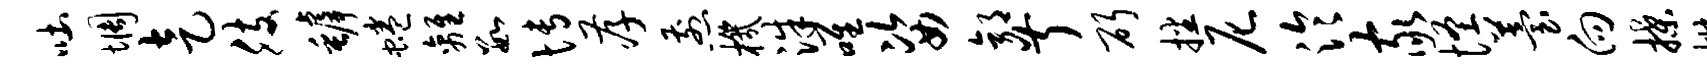
吐惆走肢罅蜷离数博孝煎机洙唯姿郭叔斫播尼泠家怪苔向揲椒